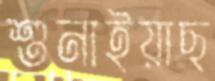
শুনাইয়াছ